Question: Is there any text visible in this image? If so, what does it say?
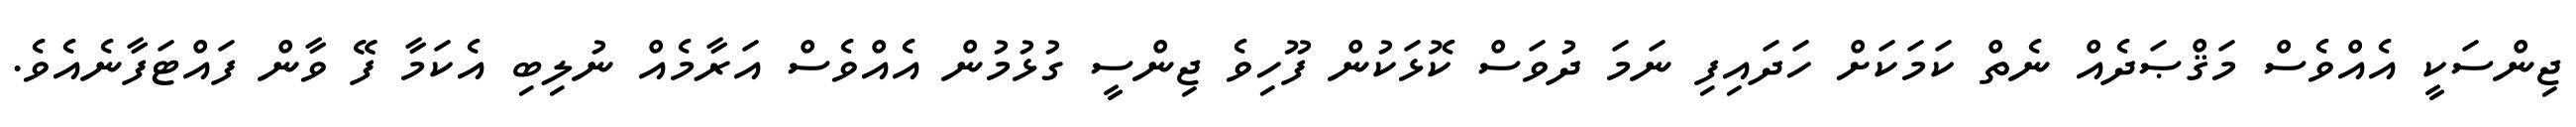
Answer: ޖިންސަކީ އެއްވެސް މަޤްޞަދެއް ނެތް ކަމަކަށް ހަދައިފި ނަމަ ދުވަސް ކޮޅަކުން ފޫހިވެ ޖިންސީ ގުޅުމުން އެއްވެސް އަރާމެއް ނުލިބި އެކަމާ ފޭ ވާން ފައްޓަފާނެއެވެ.